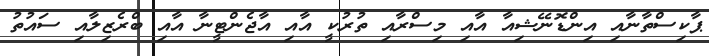
ޕާކިސްތާނާއި އިންޑޮނޭޝިއާ އާއި މިސްރާއި ތުރުކީ އާއި އާޖެންޓީނާ އާއި ބްރެޒިލާއި ސައުތު